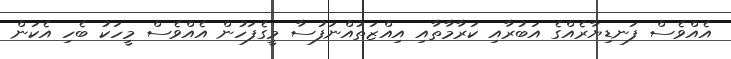
އެއްވެސް ފަނޑިޔާރެއްގެ އަބުރާއި ކަރާމާތާއި އިއްޒަތުއްނަފުސާ މީގެފަހުން އެއްވެސް މީހަކު ބެހި އެކަން